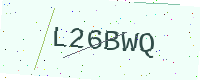
Text: L26BWQ